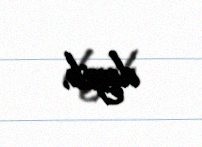
deyib.